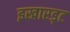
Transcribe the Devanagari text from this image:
इखारड्ट